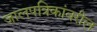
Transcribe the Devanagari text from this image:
जालपत्रिकांवरील